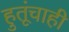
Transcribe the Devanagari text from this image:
हुतूंचाही